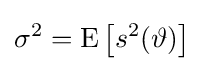
\sigma ^{2}=\operatorname {E} \left[s^{2}(\vartheta )\right]